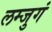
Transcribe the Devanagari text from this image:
लम्जुगं